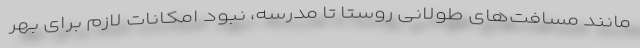
مانند مسافت‌های طولانی روستا تا مدرسه، نبود امکانات لازم برای بهر